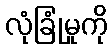
လုံခြုံမှုကို